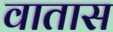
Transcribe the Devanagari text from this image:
वातास